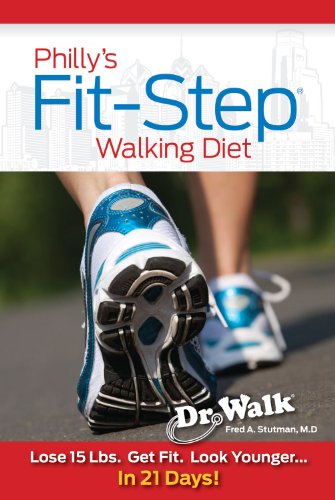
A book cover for Philly's Fit-Step Walking Diet: Lose 15 Lbs. Get Fit. Look Younger... In 21 Days!; Fred A. Stutman  M.D.; Health, Fitness & Dieting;